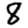
Digit: 8